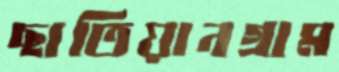
ছাতিয়ানগ্রাম